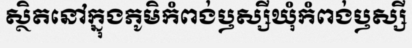
ស្ថិតនៅក្នុងភូមិកំពង់ឫស្សីឃុំកំពង់ឫស្សី